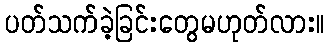
ပတ်သက်ခဲ့ခြင်းတွေမဟုတ်လား။